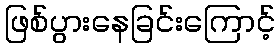
ဖြစ်ပွားနေခြင်းကြောင့်